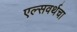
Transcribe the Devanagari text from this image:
एल्सवर्थचा